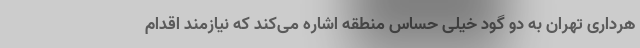
هرداری تهران به دو گود خیلی حساس منطقه اشاره می‌کند که نیازمند اقدام